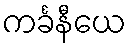
ကင်္ခနီယေ